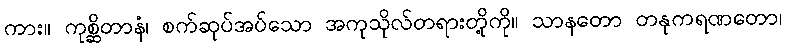
ကား။ ကုစ္ဆိတာနံ၊ စက်ဆုပ်အပ်သော အကုသိုလ်တရားတို့ကို။ သာနတော တနုကရဏတော၊